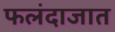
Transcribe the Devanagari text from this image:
फलंदाजात